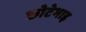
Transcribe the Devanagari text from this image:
छोटेभाइ